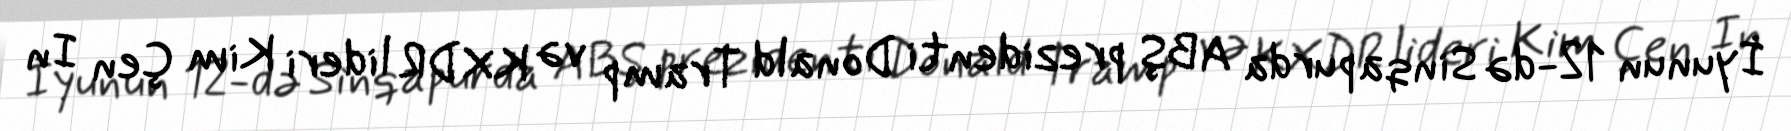
İyunun 12-də Sinqapurda ABŞ prezidenti Donald Tramp və KXDR lideri Kim Çen In